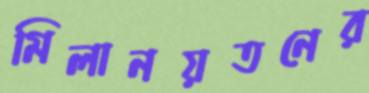
মিলানয়তনের